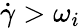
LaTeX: \dot{\gamma}>\omega_{i}